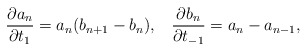
\begin{align*}\frac{\partial a_{n}}{\partial t_{1}}=a_{n}(b_{n+1}-b_{n}),\;\;\;\frac{\partial b_{n}}{\partial t_{-1}}=a_{n}-a_{n-1},\end{align*}